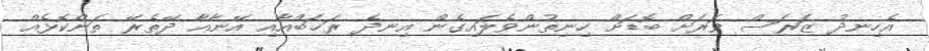
އެހިނދު ޒަރަސް ވަރަށް ބޮޑަށް ހިނިތުންވެލައިގެން އިނދެ ރަޚަބްއާއި އޭނާއާ ދޭތެރޭ ތަންކޮޅެއް